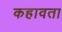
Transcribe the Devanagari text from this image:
कहावता